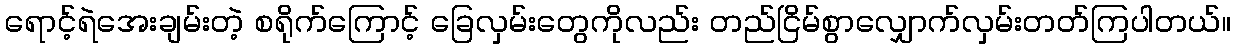
ရောင့်ရဲအေးချမ်းတဲ့ စရိုက်ကြောင့် ခြေလှမ်းတွေကိုလည်း တည်ငြိမ်စွာလျှောက်လှမ်းတတ်ကြပါတယ်။